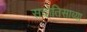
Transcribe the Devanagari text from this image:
सदोतिसाव्या